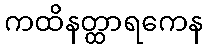
ကထိနတ္ထာရကေန